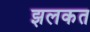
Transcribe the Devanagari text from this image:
झलकत